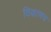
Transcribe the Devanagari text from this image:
ठिकाणच